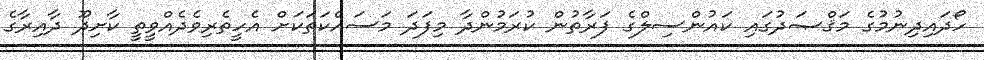
ހޯދައިދިނުމުގެ މަޤްޞަދުގައި ކައުންސިލްގެ ފަރާތުން ކުރަމުންދާ މިފަދަ މަސައްކަތަކަށް އެހީތެރިވެދެއްވީތީ ކާށިދޫ ދާއިރާގެ